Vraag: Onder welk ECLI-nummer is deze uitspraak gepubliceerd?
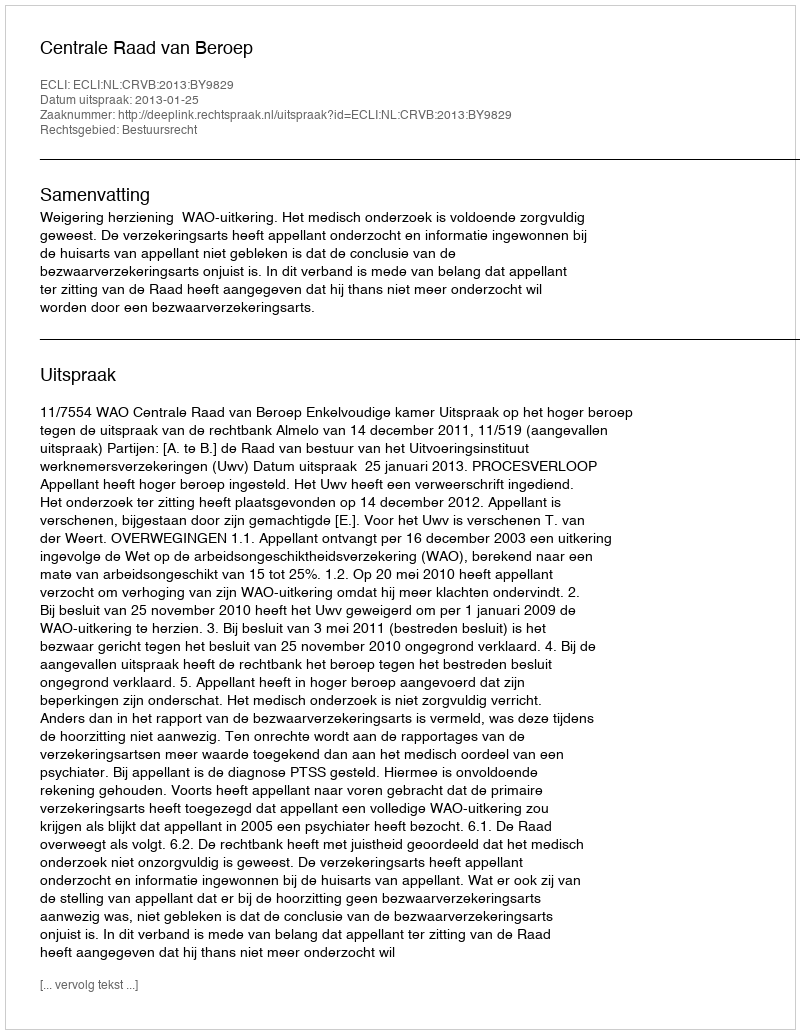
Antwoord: ECLI:NL:CRVB:2013:BY9829